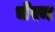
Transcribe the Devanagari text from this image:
चेरम